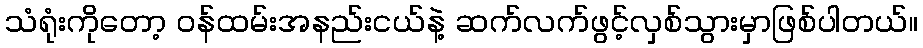
သံရုံးကိုတော့ ဝန်ထမ်းအနည်းငယ်နဲ့ ဆက်လက်ဖွင့်လှစ်သွားမှာဖြစ်ပါတယ်။